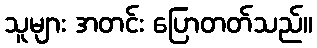
သူများ အတင်း ပြောတတ်သည်။